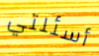
أسئلتي